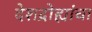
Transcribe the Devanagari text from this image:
देशद्रोह्यांचा